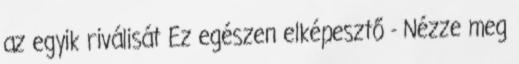
az egyik riválisát Ez egészen elképesztő - Nézze meg